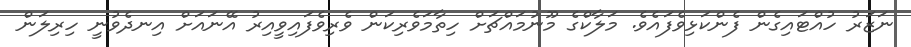
ނަޒަރު ހުއްޓައިގެން ފެންކަޅިވެފައެވެ. މަލާކްގެ މޫނުމައްޗަށް ހިތާމަވެރިކަން ވެރިވެފައިވީއިރު އޭނައަށް އިނދެވުނީ ހިރިލަން